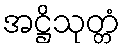
အဋ္ဌိသုတ္တံ